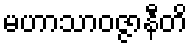
မဟာသာဝဇ္ဇာနီတိ